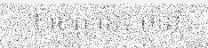
។ ខេត្ត នេះ មាន